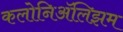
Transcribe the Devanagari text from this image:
कलोनिॲलिझम